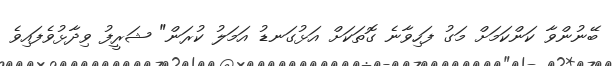
ބޭނުންވާ ކަންކަމަށް މަގު ފަހިވާނެ ގޮތަކަށް އަޅުގަނޑު އަމަލު ކުރަން" ޝަރީފު ވިދާޅުވެފައިވެ